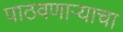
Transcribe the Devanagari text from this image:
पाठवणाऱ्याचा